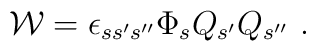
{\cal W}=\epsilon_{ss^\prime s^{\prime\prime}}\Phi_s Q_{s^\prime} Q_{s^{\prime\prime}}~.